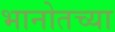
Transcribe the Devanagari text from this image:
भानोतच्या